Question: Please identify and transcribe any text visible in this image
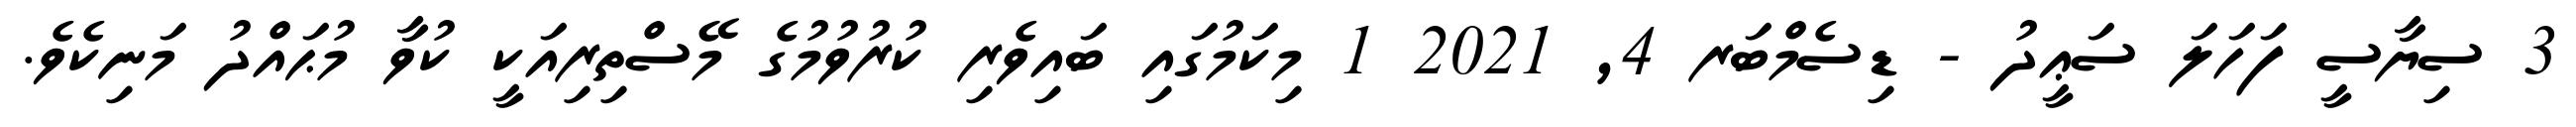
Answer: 3 ސިޔާސީ ފަހަލަ ސަޢީދު - ޑިސެމްބަރ 4, 2021 1 މިކަމުގައި ބައިވެރި ކުރުވުމުގެ މޭސްތިރިއަކީ ކުވާ މުޙައްދު މަނިކެވެ.